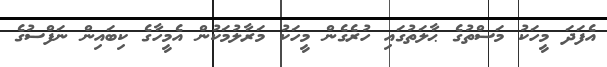
އެފަދަ މީހަކު މަސްތުގެ ޙާލަތުގައި ހުރެގެން މީހަކު މަރާލުމަކުން އެމީހާގެ ކިބައިން ނަފްސުގެ